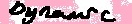
Text: DYNAMIC